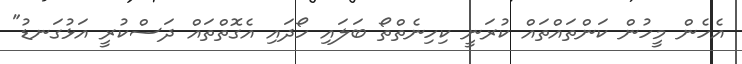
އެހެން މީހުން ކަންތައްތައް ކުރަނީ ކިހިނެތްތޯ ބަލައި ހޯދައި އެގޮތްތައް ދަސްކުރީ އަޅުގަނޑު"